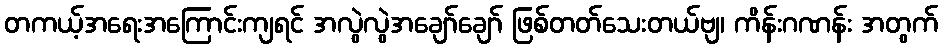
တကယ့်အရေးအကြောင်းကျရင် အလွဲလွဲအချော်ချော် ဖြစ်တတ်သေးတယ်ဗျ၊ ကိန်းဂဏန်း အတွက်